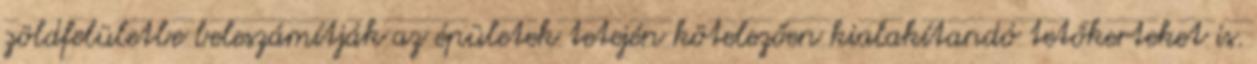
zöldfelületbe beleszámítják az épületek tetején kötelezően kialakítandó tetőkerteket is.